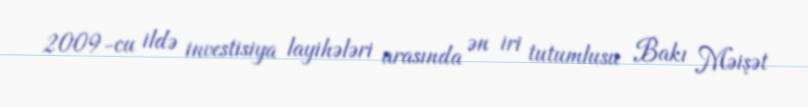
2009-cu ildə investisiya layihələri arasında ən iri tutumlusu Bakı Məişət